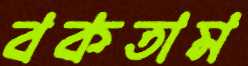
বকতাম